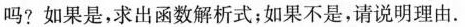
吗?如果是，求出函数解析式；如果不是，请说明理由。